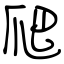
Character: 爬